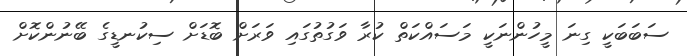
ސަބަބަކީ ގިނަ މީހުންނަކީ މަސައްކަތް ކުރާ ވަގުތުގައި ވަރަށް ބޮޑަށް ސިކުނޑީގެ ބޭނުންކޮށް